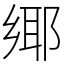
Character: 鄊